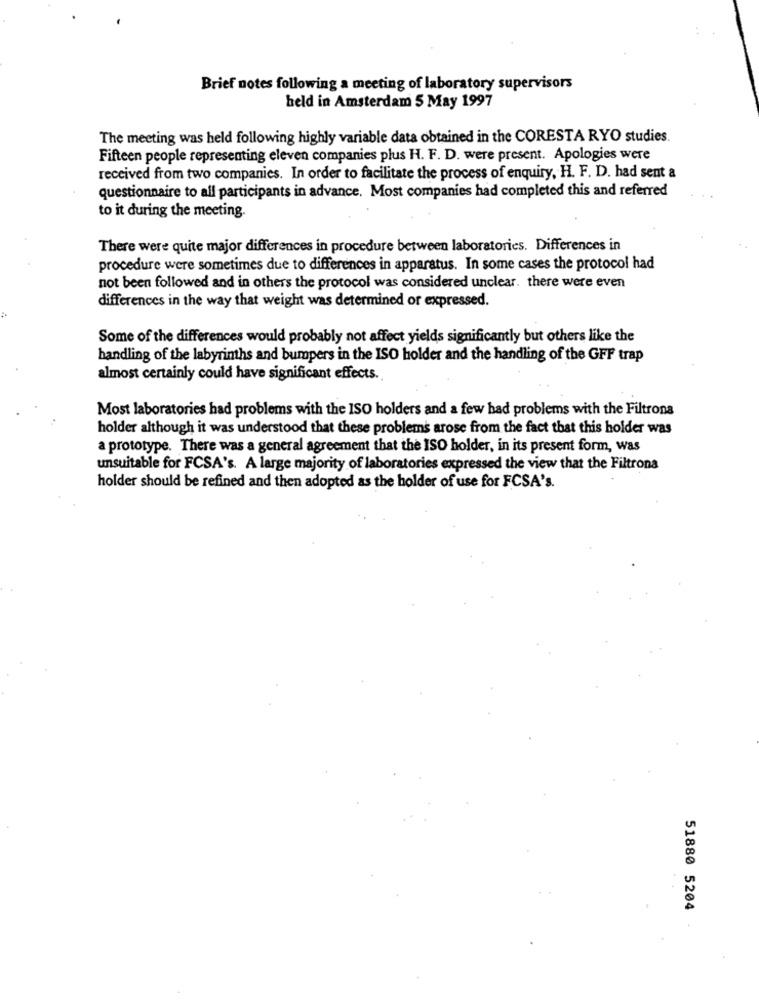
Brief notes following a meeting of laboratory supervisors
held in Amsterdam 5 May 1997
The meeting was held following highly variable data obtained in the CORESTA RYO studies.
Fifteen people representing eleven companies plus H. F. D. were present. Apologies were
received from two companies. In order to facilitate the process of enquiry, H. F. D. had sent a
questionnaire to all participants in advance. Most companies had completed this and referred
to it during the meeting.
There were quite major differences in procedure between laboratories. Differences in
procedure were sometimes due to differences in apparatus. In some cases the protocol had
not been followed and in others the protocol was considered unclear. there were even
differences in the way that weight was determined or expressed.
Some of the differences would probably not affect yields significantly but others like the
handling of the labyrinths and bumpers in the ISO holder and the handling of the GFF trap
almost certainly could have significant effects.
Most laboratories had problems with the ISO holders and a few had problems with the Filtrona
holder although it was understood that these problems arose from the fact that this holder was
a prototype. There was a general agreement that the ISO holder, in its present form, was
unsuitable for FCSA's. A large majority of laboratories expressed the view that the Filtrona
holder should be refined and then adopted as the holder of use for FCSA's.
51880 5204